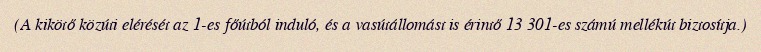
(A kikötő közúti elérését az 1-es főútból induló, és a vasútállomást is érintő 13 301-es számú mellékút biztosítja.)